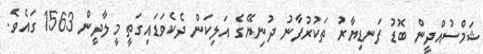
ޝަމްސުއްދީން ބޮޑު ފަނޑިޔާރު ތަކުރުފާނު ދުނިޔޭގެ އަލިކަން ދެކެވަޑައިގަތީ މީލާދީން 1563 ގައެވެ.